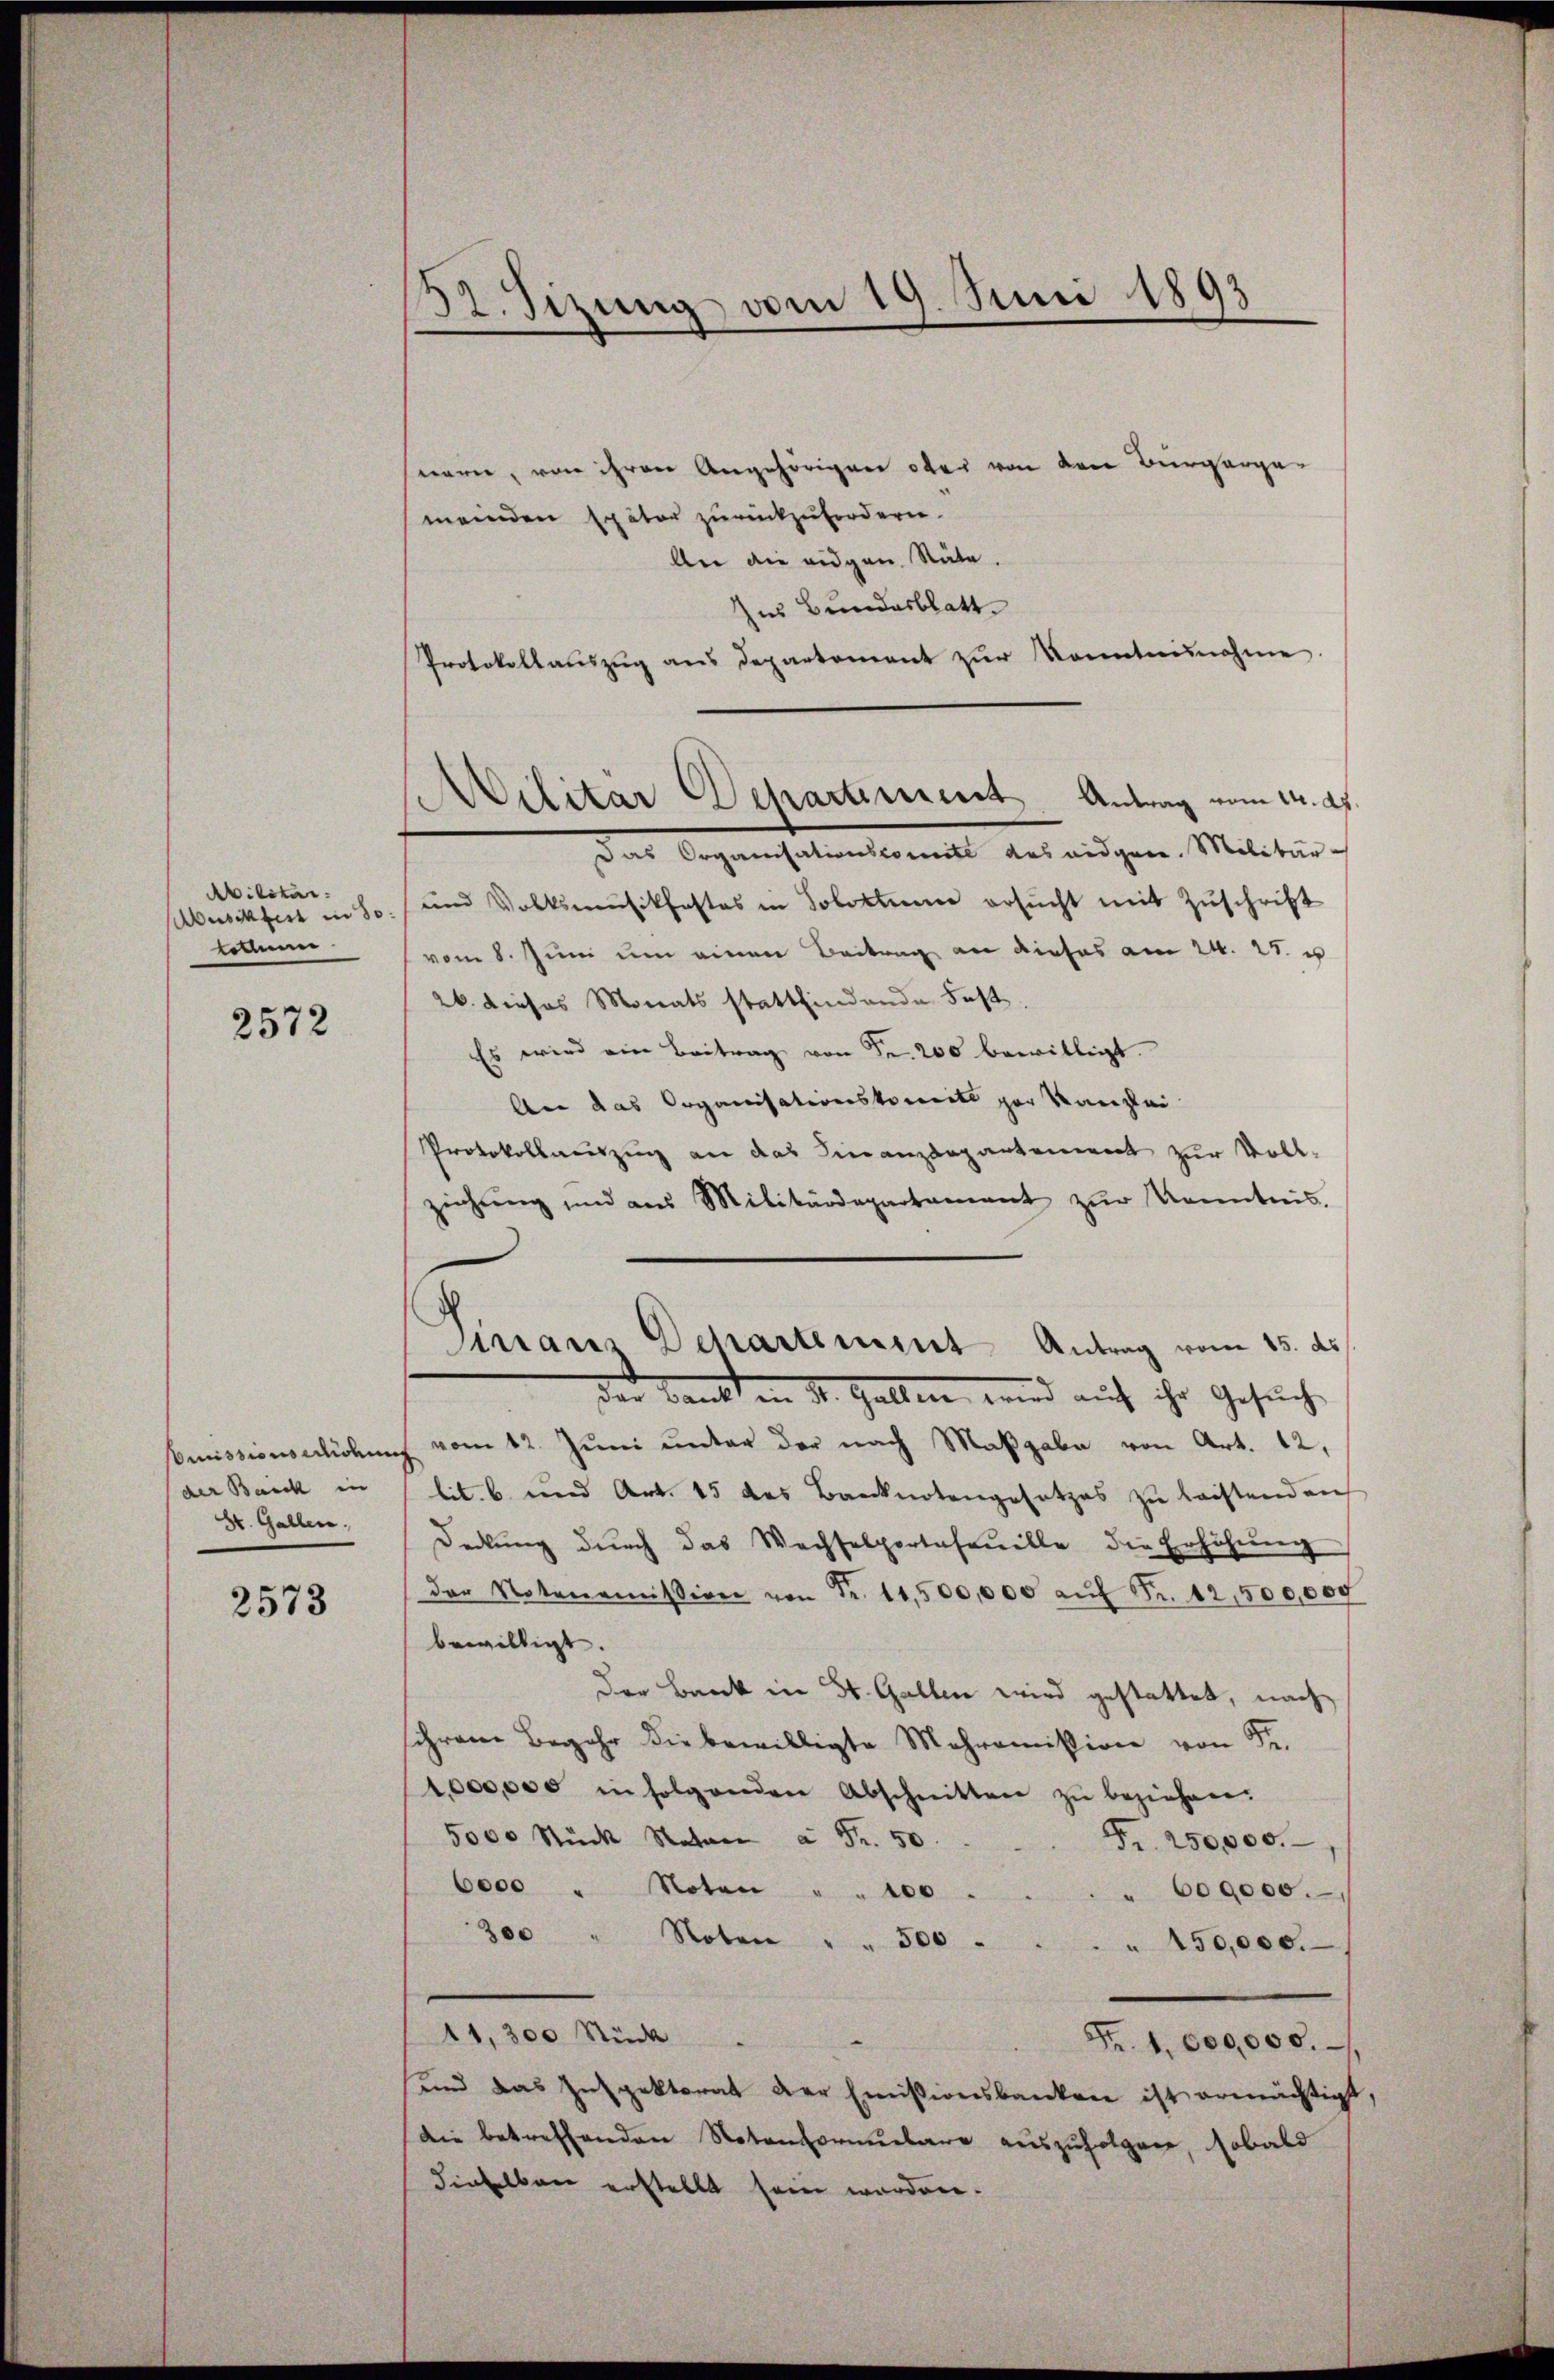
Abilitar
collum

2572

der Banck in
St. Gallen.

2573

132. Sizung vom 19. Juni 1893

ilitar Departement Antrag vom 24. d.

Sinair Departement Antrag vom 15. ds.

nerer, von ihren Angehörigen ober von den Bürgerge-
meinden Exator zurückzufordern.
ler die eidgen. Stäte.
us Bundesblatt
Protokollaŭszŭg ans Departement zŭr Kenntnisnahme.
Das Organisationscomite des eidgen. Militär-
Abusikfest in So. / und Volksmusikfastes in Soloktum ersŭcht mit Zŭschrift
vom 8. Juni um einen Beitrag an dieses am 24. 27. u
26. dieses Monats stattfindende Fest
Es wird ein Beitrag von Fr. 200 bewilligt.
An das Organisationskomit par Kanzlei
Protokollauszug an das Finanzdepartement zur Vollziehŭng und aus Militärdepartament zŭr Kenntnis.
der Bank in St. Gallen, wird auf ihr Gesuche
Comissionserlichung vom 12. Juni unter der nach Maßgabe von Art. 12,
lit. b. und Art. 15 des Banknotengesetzes zŭ leistend auf
deckŭng dŭrch das Wechselportasonelle die Erhöhŭng
der Notonomission von Fr. 11,500,000 aŭf Fr. 12,500,009
bewilligt.
Der Bank in St. Gallen wird gestattet, nach
schrome Begehr die bewilligte Mehromission von Sr.
1,000,000 in folgenden Abschnitten zŭ beziehen.
5000 Stück Naton à Fr. 50.
Fr. 250,000.
6000 " Noten " " 100
" 600000.
300 " Noten " " 500
 450,000.
11,300 Stück
Fr. 1,600,000.
und das Inspektorat der Emissionsbanken ist ermächtigt
die betreffenden Notenformulare auszufolgen, sobald
dieselben erstellt sein worden.